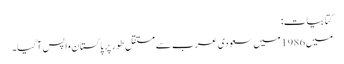
کتابیات:
میں 1986 میں سعودی عرب سے مستقل طور پر پاکستان واپس آگیا۔